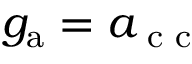
g _ { \mathrm { a } } = a _ { \textnormal { c c } }